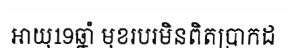
អាយុ19ឆ្នាំ មុខរបរមិនពិតប្រាកដ